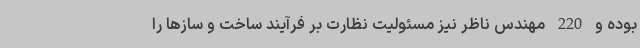
بوده و 220 مهندس ناظر نیز مسئولیت نظارت بر فرآیند ساخت و سازها را